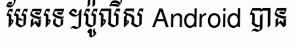
មែនទេ។ប៉ូលីស Android បាន